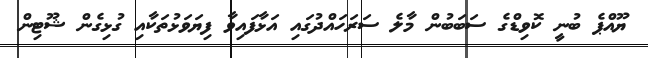
ޔޫއްޕެ ބުނީ ކޮވިޑްގެ ސަބަބުން މާލެ ސަރަހައްދުގައި އަޅާފައިވާ ފިޔަވަޅުތަކާއި ގުޅިގެން ޝޫޓިން